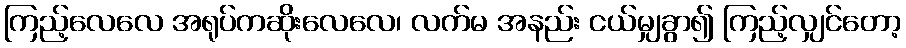
ကြည့်လေလေ အရုပ်ကဆိုးလေလေ၊ လက်မ အနည်း ငယ်မျှခွာ၍ ကြည့်လျှင်တော့